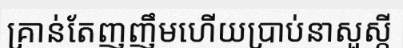
គ្រាន់តែញញឹមហើយប្រាប់នាសួស្តី